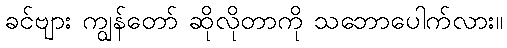
ခင်ဗျား ကျွန်တော် ဆိုလိုတာကို သဘောပေါက်လား။